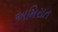
અમિરાત